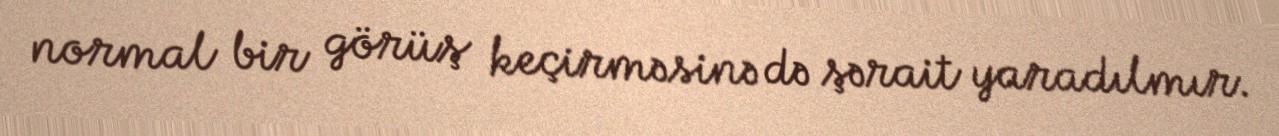
normal bir görüş keçirməsinə də şərait yaradılmır.